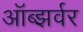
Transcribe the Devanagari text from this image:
ऑब्झर्वर